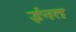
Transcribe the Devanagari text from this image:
ईनत